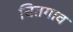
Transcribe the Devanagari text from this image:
चितगाव